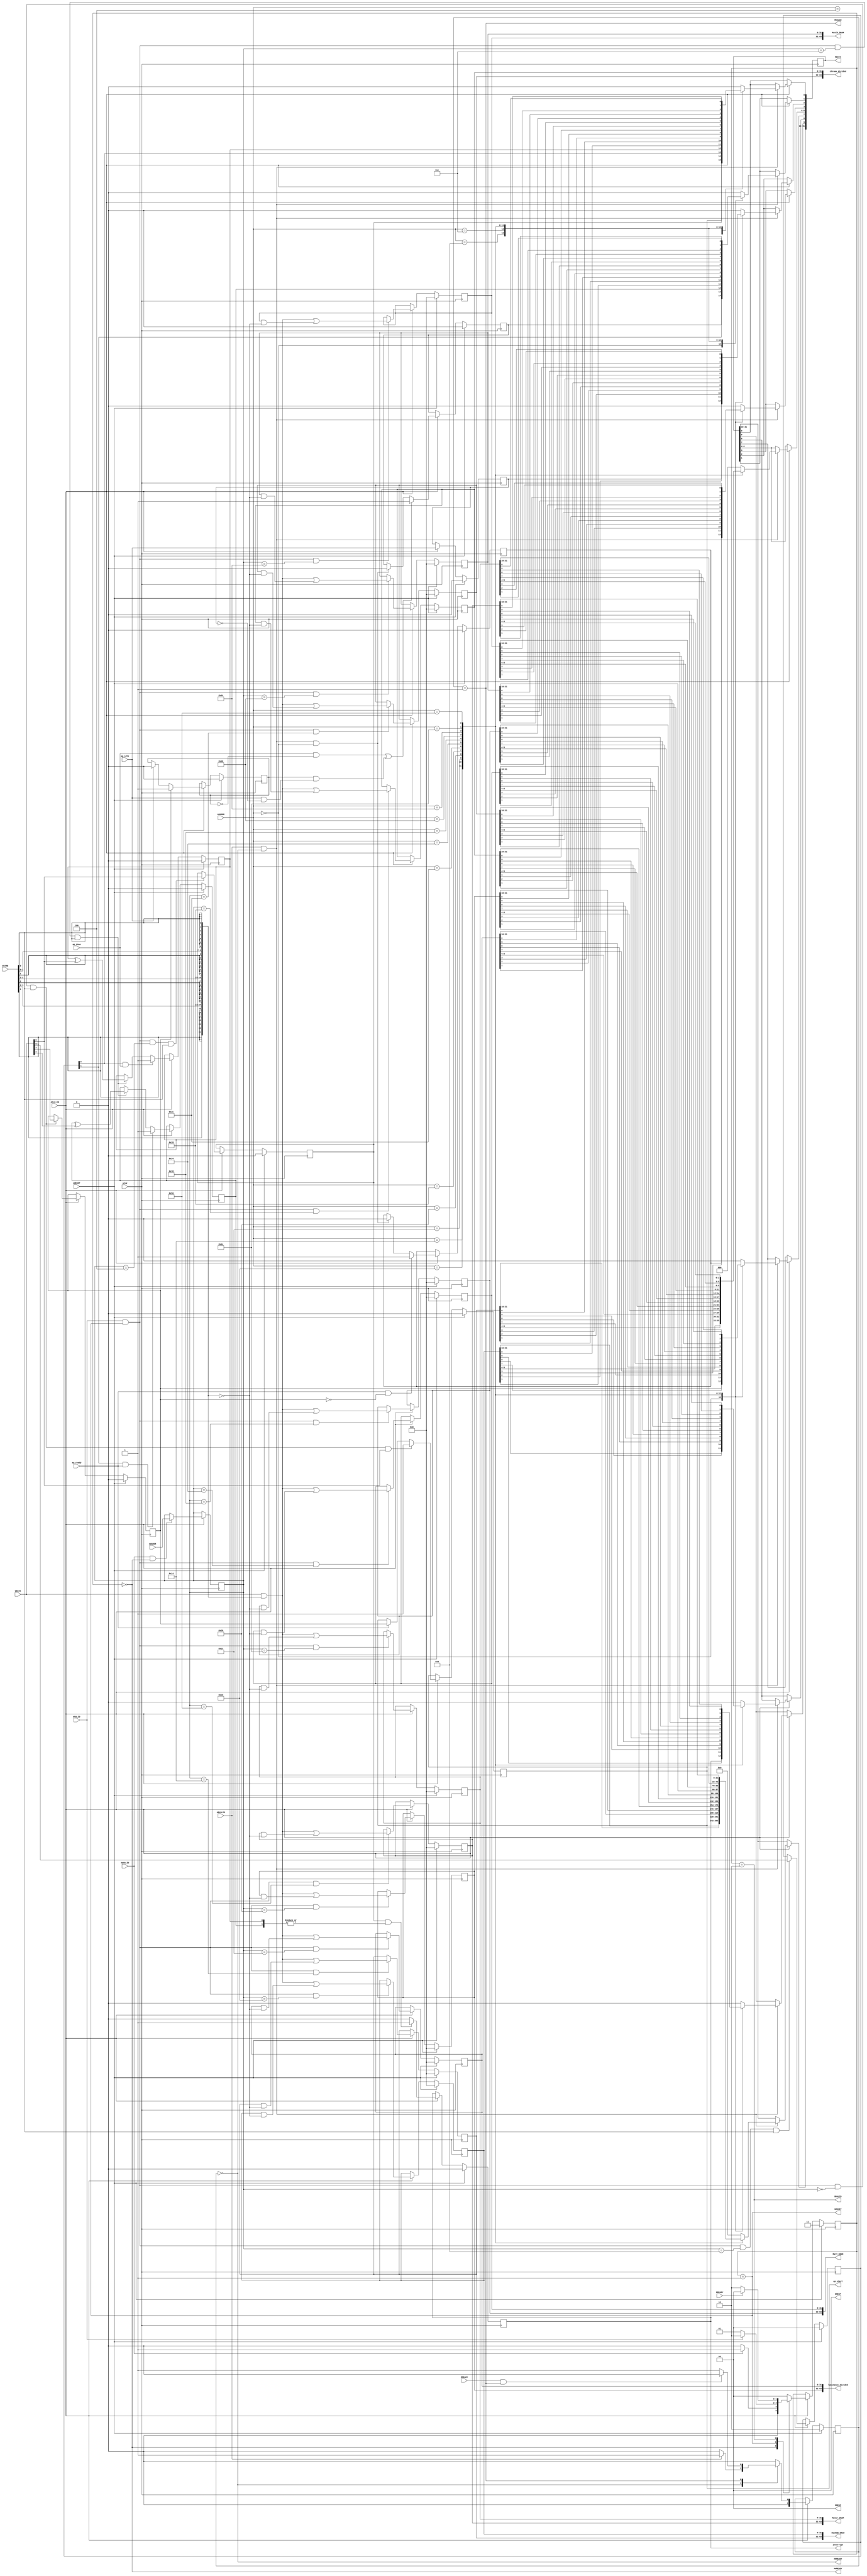
// ==============================================================
// Vitis HLS - High-Level Synthesis from C, C++ and OpenCL v2023.2 (64-bit)
// Tool Version Limit: 2023.10
// Copyright 1986-2022 Xilinx, Inc. All Rights Reserved.
// Copyright 2022-2023 Advanced Micro Devices, Inc. All Rights Reserved.
// 
// ==============================================================
`timescale 1ns/1ps
module IMG2RLE_control_s_axi
#(parameter
    C_S_AXI_ADDR_WIDTH = 7,
    C_S_AXI_DATA_WIDTH = 32
)(
    input  wire                          ACLK,
    input  wire                          ARESET,
    input  wire                          ACLK_EN,
    input  wire [C_S_AXI_ADDR_WIDTH-1:0] AWADDR,
    input  wire                          AWVALID,
    output wire                          AWREADY,
    input  wire [C_S_AXI_DATA_WIDTH-1:0] WDATA,
    input  wire [C_S_AXI_DATA_WIDTH/8-1:0] WSTRB,
    input  wire                          WVALID,
    output wire                          WREADY,
    output wire [1:0]                    BRESP,
    output wire                          BVALID,
    input  wire                          BREADY,
    input  wire [C_S_AXI_ADDR_WIDTH-1:0] ARADDR,
    input  wire                          ARVALID,
    output wire                          ARREADY,
    output wire [C_S_AXI_DATA_WIDTH-1:0] RDATA,
    output wire [1:0]                    RRESP,
    output wire                          RVALID,
    input  wire                          RREADY,
    output wire                          interrupt,
    output wire [63:0]                   MatRGB_DRAM,
    output wire [63:0]                   luminance_divided,
    output wire [63:0]                   chroma_divided,
    output wire [63:0]                   MatY_DRAM,
    output wire [63:0]                   MatCb_DRAM,
    output wire [63:0]                   MatCr_DRAM,
    output wire                          ap_start,
    input  wire                          ap_done,
    input  wire                          ap_ready,
    input  wire                          ap_idle
);
//------------------------Address Info-------------------
// Protocol Used: ap_ctrl_hs
//
// 0x00 : Control signals
//        bit 0  - ap_start (Read/Write/COH)
//        bit 1  - ap_done (Read/COR)
//        bit 2  - ap_idle (Read)
//        bit 3  - ap_ready (Read/COR)
//        bit 7  - auto_restart (Read/Write)
//        bit 9  - interrupt (Read)
//        others - reserved
// 0x04 : Global Interrupt Enable Register
//        bit 0  - Global Interrupt Enable (Read/Write)
//        others - reserved
// 0x08 : IP Interrupt Enable Register (Read/Write)
//        bit 0 - enable ap_done interrupt (Read/Write)
//        bit 1 - enable ap_ready interrupt (Read/Write)
//        others - reserved
// 0x0c : IP Interrupt Status Register (Read/TOW)
//        bit 0 - ap_done (Read/TOW)
//        bit 1 - ap_ready (Read/TOW)
//        others - reserved
// 0x10 : Data signal of MatRGB_DRAM
//        bit 31~0 - MatRGB_DRAM[31:0] (Read/Write)
// 0x14 : Data signal of MatRGB_DRAM
//        bit 31~0 - MatRGB_DRAM[63:32] (Read/Write)
// 0x18 : reserved
// 0x1c : Data signal of luminance_divided
//        bit 31~0 - luminance_divided[31:0] (Read/Write)
// 0x20 : Data signal of luminance_divided
//        bit 31~0 - luminance_divided[63:32] (Read/Write)
// 0x24 : reserved
// 0x28 : Data signal of chroma_divided
//        bit 31~0 - chroma_divided[31:0] (Read/Write)
// 0x2c : Data signal of chroma_divided
//        bit 31~0 - chroma_divided[63:32] (Read/Write)
// 0x30 : reserved
// 0x34 : Data signal of MatY_DRAM
//        bit 31~0 - MatY_DRAM[31:0] (Read/Write)
// 0x38 : Data signal of MatY_DRAM
//        bit 31~0 - MatY_DRAM[63:32] (Read/Write)
// 0x3c : reserved
// 0x40 : Data signal of MatCb_DRAM
//        bit 31~0 - MatCb_DRAM[31:0] (Read/Write)
// 0x44 : Data signal of MatCb_DRAM
//        bit 31~0 - MatCb_DRAM[63:32] (Read/Write)
// 0x48 : reserved
// 0x4c : Data signal of MatCr_DRAM
//        bit 31~0 - MatCr_DRAM[31:0] (Read/Write)
// 0x50 : Data signal of MatCr_DRAM
//        bit 31~0 - MatCr_DRAM[63:32] (Read/Write)
// 0x54 : reserved
// (SC = Self Clear, COR = Clear on Read, TOW = Toggle on Write, COH = Clear on Handshake)

//------------------------Parameter----------------------
localparam
    ADDR_AP_CTRL                  = 7'h00,
    ADDR_GIE                      = 7'h04,
    ADDR_IER                      = 7'h08,
    ADDR_ISR                      = 7'h0c,
    ADDR_MATRGB_DRAM_DATA_0       = 7'h10,
    ADDR_MATRGB_DRAM_DATA_1       = 7'h14,
    ADDR_MATRGB_DRAM_CTRL         = 7'h18,
    ADDR_LUMINANCE_DIVIDED_DATA_0 = 7'h1c,
    ADDR_LUMINANCE_DIVIDED_DATA_1 = 7'h20,
    ADDR_LUMINANCE_DIVIDED_CTRL   = 7'h24,
    ADDR_CHROMA_DIVIDED_DATA_0    = 7'h28,
    ADDR_CHROMA_DIVIDED_DATA_1    = 7'h2c,
    ADDR_CHROMA_DIVIDED_CTRL      = 7'h30,
    ADDR_MATY_DRAM_DATA_0         = 7'h34,
    ADDR_MATY_DRAM_DATA_1         = 7'h38,
    ADDR_MATY_DRAM_CTRL           = 7'h3c,
    ADDR_MATCB_DRAM_DATA_0        = 7'h40,
    ADDR_MATCB_DRAM_DATA_1        = 7'h44,
    ADDR_MATCB_DRAM_CTRL          = 7'h48,
    ADDR_MATCR_DRAM_DATA_0        = 7'h4c,
    ADDR_MATCR_DRAM_DATA_1        = 7'h50,
    ADDR_MATCR_DRAM_CTRL          = 7'h54,
    WRIDLE                        = 2'd0,
    WRDATA                        = 2'd1,
    WRRESP                        = 2'd2,
    WRRESET                       = 2'd3,
    RDIDLE                        = 2'd0,
    RDDATA                        = 2'd1,
    RDRESET                       = 2'd2,
    ADDR_BITS                = 7;

//------------------------Local signal-------------------
    reg  [1:0]                    wstate = WRRESET;
    reg  [1:0]                    wnext;
    reg  [ADDR_BITS-1:0]          waddr;
    wire [C_S_AXI_DATA_WIDTH-1:0] wmask;
    wire                          aw_hs;
    wire                          w_hs;
    reg  [1:0]                    rstate = RDRESET;
    reg  [1:0]                    rnext;
    reg  [C_S_AXI_DATA_WIDTH-1:0] rdata;
    wire                          ar_hs;
    wire [ADDR_BITS-1:0]          raddr;
    // internal registers
    reg                           int_ap_idle;
    reg                           int_ap_ready = 1'b0;
    wire                          task_ap_ready;
    reg                           int_ap_done = 1'b0;
    wire                          task_ap_done;
    reg                           int_task_ap_done = 1'b0;
    reg                           int_ap_start = 1'b0;
    reg                           int_interrupt = 1'b0;
    reg                           int_auto_restart = 1'b0;
    reg                           auto_restart_status = 1'b0;
    wire                          auto_restart_done;
    reg                           int_gie = 1'b0;
    reg  [1:0]                    int_ier = 2'b0;
    reg  [1:0]                    int_isr = 2'b0;
    reg  [63:0]                   int_MatRGB_DRAM = 'b0;
    reg  [63:0]                   int_luminance_divided = 'b0;
    reg  [63:0]                   int_chroma_divided = 'b0;
    reg  [63:0]                   int_MatY_DRAM = 'b0;
    reg  [63:0]                   int_MatCb_DRAM = 'b0;
    reg  [63:0]                   int_MatCr_DRAM = 'b0;

//------------------------Instantiation------------------


//------------------------AXI write fsm------------------
assign AWREADY = (wstate == WRIDLE);
assign WREADY  = (wstate == WRDATA);
assign BRESP   = 2'b00;  // OKAY
assign BVALID  = (wstate == WRRESP);
assign wmask   = { {8{WSTRB[3]}}, {8{WSTRB[2]}}, {8{WSTRB[1]}}, {8{WSTRB[0]}} };
assign aw_hs   = AWVALID & AWREADY;
assign w_hs    = WVALID & WREADY;

// wstate
always @(posedge ACLK) begin
    if (ARESET)
        wstate <= WRRESET;
    else if (ACLK_EN)
        wstate <= wnext;
end

// wnext
always @(*) begin
    case (wstate)
        WRIDLE:
            if (AWVALID)
                wnext = WRDATA;
            else
                wnext = WRIDLE;
        WRDATA:
            if (WVALID)
                wnext = WRRESP;
            else
                wnext = WRDATA;
        WRRESP:
            if (BREADY)
                wnext = WRIDLE;
            else
                wnext = WRRESP;
        default:
            wnext = WRIDLE;
    endcase
end

// waddr
always @(posedge ACLK) begin
    if (ACLK_EN) begin
        if (aw_hs)
            waddr <= AWADDR[ADDR_BITS-1:0];
    end
end

//------------------------AXI read fsm-------------------
assign ARREADY = (rstate == RDIDLE);
assign RDATA   = rdata;
assign RRESP   = 2'b00;  // OKAY
assign RVALID  = (rstate == RDDATA);
assign ar_hs   = ARVALID & ARREADY;
assign raddr   = ARADDR[ADDR_BITS-1:0];

// rstate
always @(posedge ACLK) begin
    if (ARESET)
        rstate <= RDRESET;
    else if (ACLK_EN)
        rstate <= rnext;
end

// rnext
always @(*) begin
    case (rstate)
        RDIDLE:
            if (ARVALID)
                rnext = RDDATA;
            else
                rnext = RDIDLE;
        RDDATA:
            if (RREADY & RVALID)
                rnext = RDIDLE;
            else
                rnext = RDDATA;
        default:
            rnext = RDIDLE;
    endcase
end

// rdata
always @(posedge ACLK) begin
    if (ACLK_EN) begin
        if (ar_hs) begin
            rdata <= 'b0;
            case (raddr)
                ADDR_AP_CTRL: begin
                    rdata[0] <= int_ap_start;
                    rdata[1] <= int_task_ap_done;
                    rdata[2] <= int_ap_idle;
                    rdata[3] <= int_ap_ready;
                    rdata[7] <= int_auto_restart;
                    rdata[9] <= int_interrupt;
                end
                ADDR_GIE: begin
                    rdata <= int_gie;
                end
                ADDR_IER: begin
                    rdata <= int_ier;
                end
                ADDR_ISR: begin
                    rdata <= int_isr;
                end
                ADDR_MATRGB_DRAM_DATA_0: begin
                    rdata <= int_MatRGB_DRAM[31:0];
                end
                ADDR_MATRGB_DRAM_DATA_1: begin
                    rdata <= int_MatRGB_DRAM[63:32];
                end
                ADDR_LUMINANCE_DIVIDED_DATA_0: begin
                    rdata <= int_luminance_divided[31:0];
                end
                ADDR_LUMINANCE_DIVIDED_DATA_1: begin
                    rdata <= int_luminance_divided[63:32];
                end
                ADDR_CHROMA_DIVIDED_DATA_0: begin
                    rdata <= int_chroma_divided[31:0];
                end
                ADDR_CHROMA_DIVIDED_DATA_1: begin
                    rdata <= int_chroma_divided[63:32];
                end
                ADDR_MATY_DRAM_DATA_0: begin
                    rdata <= int_MatY_DRAM[31:0];
                end
                ADDR_MATY_DRAM_DATA_1: begin
                    rdata <= int_MatY_DRAM[63:32];
                end
                ADDR_MATCB_DRAM_DATA_0: begin
                    rdata <= int_MatCb_DRAM[31:0];
                end
                ADDR_MATCB_DRAM_DATA_1: begin
                    rdata <= int_MatCb_DRAM[63:32];
                end
                ADDR_MATCR_DRAM_DATA_0: begin
                    rdata <= int_MatCr_DRAM[31:0];
                end
                ADDR_MATCR_DRAM_DATA_1: begin
                    rdata <= int_MatCr_DRAM[63:32];
                end
            endcase
        end
    end
end


//------------------------Register logic-----------------
assign interrupt         = int_interrupt;
assign ap_start          = int_ap_start;
assign task_ap_done      = (ap_done && !auto_restart_status) || auto_restart_done;
assign task_ap_ready     = ap_ready && !int_auto_restart;
assign auto_restart_done = auto_restart_status && (ap_idle && !int_ap_idle);
assign MatRGB_DRAM       = int_MatRGB_DRAM;
assign luminance_divided = int_luminance_divided;
assign chroma_divided    = int_chroma_divided;
assign MatY_DRAM         = int_MatY_DRAM;
assign MatCb_DRAM        = int_MatCb_DRAM;
assign MatCr_DRAM        = int_MatCr_DRAM;
// int_interrupt
always @(posedge ACLK) begin
    if (ARESET)
        int_interrupt <= 1'b0;
    else if (ACLK_EN) begin
        if (int_gie && (|int_isr))
            int_interrupt <= 1'b1;
        else
            int_interrupt <= 1'b0;
    end
end

// int_ap_start
always @(posedge ACLK) begin
    if (ARESET)
        int_ap_start <= 1'b0;
    else if (ACLK_EN) begin
        if (w_hs && waddr == ADDR_AP_CTRL && WSTRB[0] && WDATA[0])
            int_ap_start <= 1'b1;
        else if (ap_ready)
            int_ap_start <= int_auto_restart; // clear on handshake/auto restart
    end
end

// int_ap_done
always @(posedge ACLK) begin
    if (ARESET)
        int_ap_done <= 1'b0;
    else if (ACLK_EN) begin
            int_ap_done <= ap_done;
    end
end

// int_task_ap_done
always @(posedge ACLK) begin
    if (ARESET)
        int_task_ap_done <= 1'b0;
    else if (ACLK_EN) begin
        if (task_ap_done)
            int_task_ap_done <= 1'b1;
        else if (ar_hs && raddr == ADDR_AP_CTRL)
            int_task_ap_done <= 1'b0; // clear on read
    end
end

// int_ap_idle
always @(posedge ACLK) begin
    if (ARESET)
        int_ap_idle <= 1'b0;
    else if (ACLK_EN) begin
            int_ap_idle <= ap_idle;
    end
end

// int_ap_ready
always @(posedge ACLK) begin
    if (ARESET)
        int_ap_ready <= 1'b0;
    else if (ACLK_EN) begin
        if (task_ap_ready)
            int_ap_ready <= 1'b1;
        else if (ar_hs && raddr == ADDR_AP_CTRL)
            int_ap_ready <= 1'b0;
    end
end

// int_auto_restart
always @(posedge ACLK) begin
    if (ARESET)
        int_auto_restart <= 1'b0;
    else if (ACLK_EN) begin
        if (w_hs && waddr == ADDR_AP_CTRL && WSTRB[0])
            int_auto_restart <=  WDATA[7];
    end
end

// auto_restart_status
always @(posedge ACLK) begin
    if (ARESET)
        auto_restart_status <= 1'b0;
    else if (ACLK_EN) begin
        if (int_auto_restart)
            auto_restart_status <= 1'b1;
        else if (ap_idle)
            auto_restart_status <= 1'b0;
    end
end

// int_gie
always @(posedge ACLK) begin
    if (ARESET)
        int_gie <= 1'b0;
    else if (ACLK_EN) begin
        if (w_hs && waddr == ADDR_GIE && WSTRB[0])
            int_gie <= WDATA[0];
    end
end

// int_ier
always @(posedge ACLK) begin
    if (ARESET)
        int_ier <= 1'b0;
    else if (ACLK_EN) begin
        if (w_hs && waddr == ADDR_IER && WSTRB[0])
            int_ier <= WDATA[1:0];
    end
end

// int_isr[0]
always @(posedge ACLK) begin
    if (ARESET)
        int_isr[0] <= 1'b0;
    else if (ACLK_EN) begin
        if (int_ier[0] & ap_done)
            int_isr[0] <= 1'b1;
        else if (w_hs && waddr == ADDR_ISR && WSTRB[0])
            int_isr[0] <= int_isr[0] ^ WDATA[0]; // toggle on write
    end
end

// int_isr[1]
always @(posedge ACLK) begin
    if (ARESET)
        int_isr[1] <= 1'b0;
    else if (ACLK_EN) begin
        if (int_ier[1] & ap_ready)
            int_isr[1] <= 1'b1;
        else if (w_hs && waddr == ADDR_ISR && WSTRB[0])
            int_isr[1] <= int_isr[1] ^ WDATA[1]; // toggle on write
    end
end

// int_MatRGB_DRAM[31:0]
always @(posedge ACLK) begin
    if (ARESET)
        int_MatRGB_DRAM[31:0] <= 0;
    else if (ACLK_EN) begin
        if (w_hs && waddr == ADDR_MATRGB_DRAM_DATA_0)
            int_MatRGB_DRAM[31:0] <= (WDATA[31:0] & wmask) | (int_MatRGB_DRAM[31:0] & ~wmask);
    end
end

// int_MatRGB_DRAM[63:32]
always @(posedge ACLK) begin
    if (ARESET)
        int_MatRGB_DRAM[63:32] <= 0;
    else if (ACLK_EN) begin
        if (w_hs && waddr == ADDR_MATRGB_DRAM_DATA_1)
            int_MatRGB_DRAM[63:32] <= (WDATA[31:0] & wmask) | (int_MatRGB_DRAM[63:32] & ~wmask);
    end
end

// int_luminance_divided[31:0]
always @(posedge ACLK) begin
    if (ARESET)
        int_luminance_divided[31:0] <= 0;
    else if (ACLK_EN) begin
        if (w_hs && waddr == ADDR_LUMINANCE_DIVIDED_DATA_0)
            int_luminance_divided[31:0] <= (WDATA[31:0] & wmask) | (int_luminance_divided[31:0] & ~wmask);
    end
end

// int_luminance_divided[63:32]
always @(posedge ACLK) begin
    if (ARESET)
        int_luminance_divided[63:32] <= 0;
    else if (ACLK_EN) begin
        if (w_hs && waddr == ADDR_LUMINANCE_DIVIDED_DATA_1)
            int_luminance_divided[63:32] <= (WDATA[31:0] & wmask) | (int_luminance_divided[63:32] & ~wmask);
    end
end

// int_chroma_divided[31:0]
always @(posedge ACLK) begin
    if (ARESET)
        int_chroma_divided[31:0] <= 0;
    else if (ACLK_EN) begin
        if (w_hs && waddr == ADDR_CHROMA_DIVIDED_DATA_0)
            int_chroma_divided[31:0] <= (WDATA[31:0] & wmask) | (int_chroma_divided[31:0] & ~wmask);
    end
end

// int_chroma_divided[63:32]
always @(posedge ACLK) begin
    if (ARESET)
        int_chroma_divided[63:32] <= 0;
    else if (ACLK_EN) begin
        if (w_hs && waddr == ADDR_CHROMA_DIVIDED_DATA_1)
            int_chroma_divided[63:32] <= (WDATA[31:0] & wmask) | (int_chroma_divided[63:32] & ~wmask);
    end
end

// int_MatY_DRAM[31:0]
always @(posedge ACLK) begin
    if (ARESET)
        int_MatY_DRAM[31:0] <= 0;
    else if (ACLK_EN) begin
        if (w_hs && waddr == ADDR_MATY_DRAM_DATA_0)
            int_MatY_DRAM[31:0] <= (WDATA[31:0] & wmask) | (int_MatY_DRAM[31:0] & ~wmask);
    end
end

// int_MatY_DRAM[63:32]
always @(posedge ACLK) begin
    if (ARESET)
        int_MatY_DRAM[63:32] <= 0;
    else if (ACLK_EN) begin
        if (w_hs && waddr == ADDR_MATY_DRAM_DATA_1)
            int_MatY_DRAM[63:32] <= (WDATA[31:0] & wmask) | (int_MatY_DRAM[63:32] & ~wmask);
    end
end

// int_MatCb_DRAM[31:0]
always @(posedge ACLK) begin
    if (ARESET)
        int_MatCb_DRAM[31:0] <= 0;
    else if (ACLK_EN) begin
        if (w_hs && waddr == ADDR_MATCB_DRAM_DATA_0)
            int_MatCb_DRAM[31:0] <= (WDATA[31:0] & wmask) | (int_MatCb_DRAM[31:0] & ~wmask);
    end
end

// int_MatCb_DRAM[63:32]
always @(posedge ACLK) begin
    if (ARESET)
        int_MatCb_DRAM[63:32] <= 0;
    else if (ACLK_EN) begin
        if (w_hs && waddr == ADDR_MATCB_DRAM_DATA_1)
            int_MatCb_DRAM[63:32] <= (WDATA[31:0] & wmask) | (int_MatCb_DRAM[63:32] & ~wmask);
    end
end

// int_MatCr_DRAM[31:0]
always @(posedge ACLK) begin
    if (ARESET)
        int_MatCr_DRAM[31:0] <= 0;
    else if (ACLK_EN) begin
        if (w_hs && waddr == ADDR_MATCR_DRAM_DATA_0)
            int_MatCr_DRAM[31:0] <= (WDATA[31:0] & wmask) | (int_MatCr_DRAM[31:0] & ~wmask);
    end
end

// int_MatCr_DRAM[63:32]
always @(posedge ACLK) begin
    if (ARESET)
        int_MatCr_DRAM[63:32] <= 0;
    else if (ACLK_EN) begin
        if (w_hs && waddr == ADDR_MATCR_DRAM_DATA_1)
            int_MatCr_DRAM[63:32] <= (WDATA[31:0] & wmask) | (int_MatCr_DRAM[63:32] & ~wmask);
    end
end

//synthesis translate_off
always @(posedge ACLK) begin
    if (ACLK_EN) begin
        if (int_gie & ~int_isr[0] & int_ier[0] & ap_done)
            $display ("// Interrupt Monitor : interrupt for ap_done detected @ \"%0t\"", $time);
        if (int_gie & ~int_isr[1] & int_ier[1] & ap_ready)
            $display ("// Interrupt Monitor : interrupt for ap_ready detected @ \"%0t\"", $time);
    end
end
//synthesis translate_on

//------------------------Memory logic-------------------

endmodule